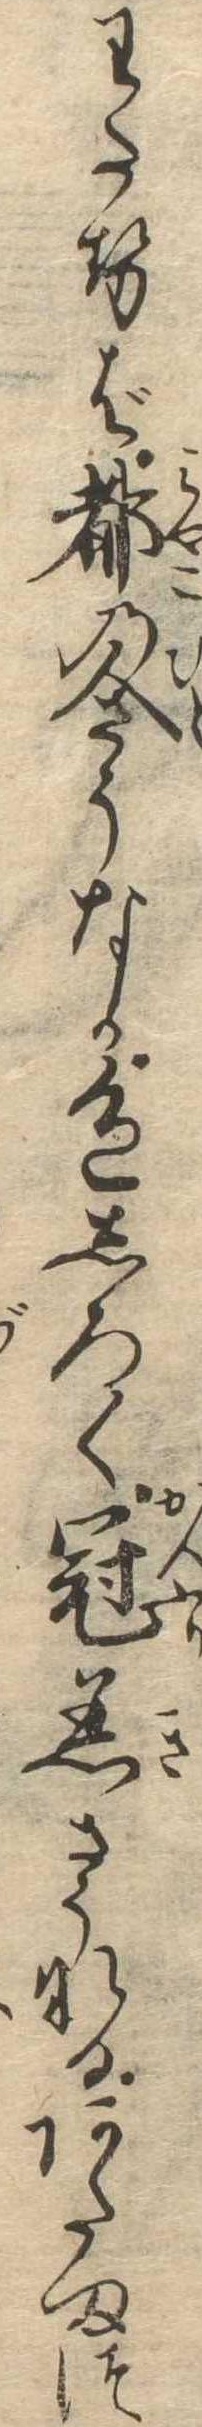
わたせば都の人さうなか色しろく冠着さうなるあたまつ